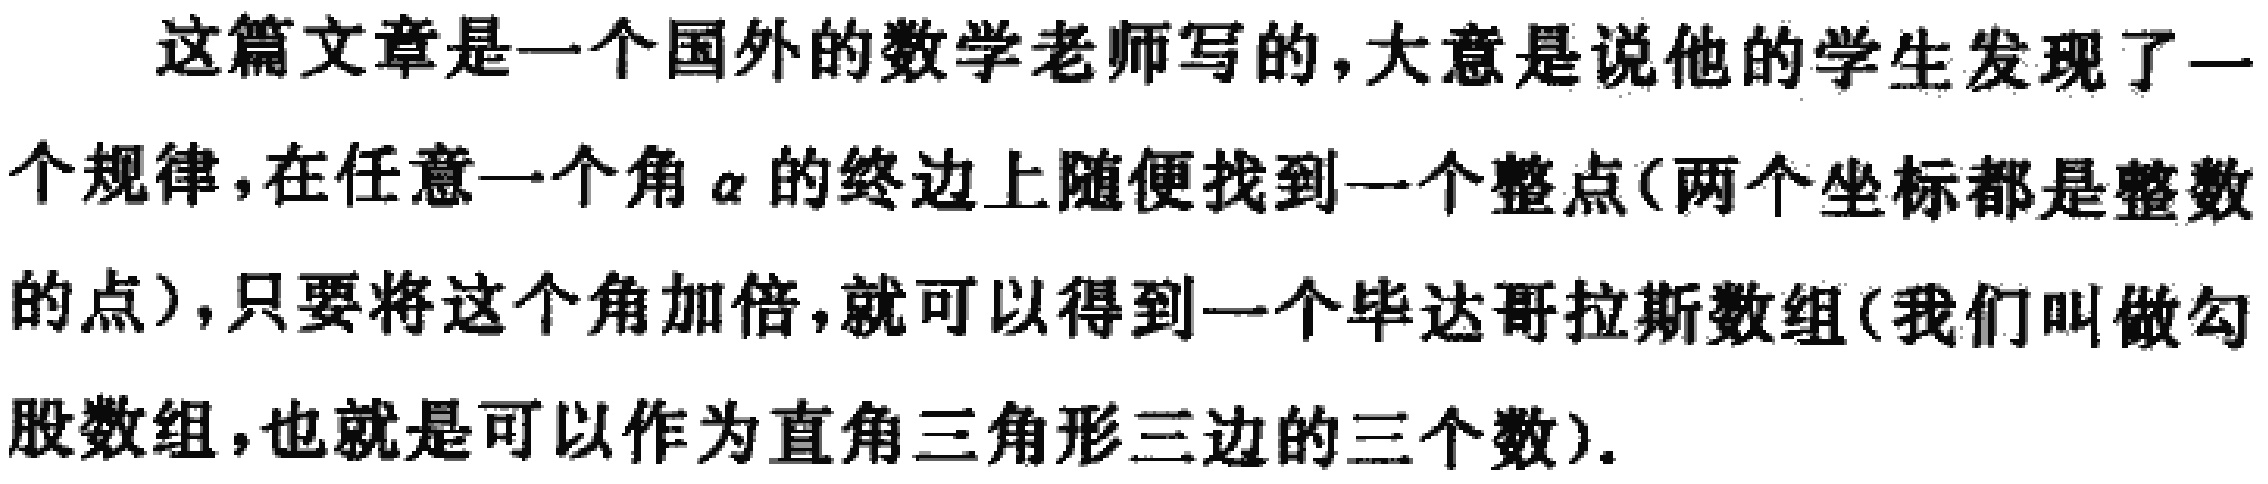
这篇文章是一个国外的数学老师写的,大意是说他的学生发现了一个规律,在任意一个角\(\alpha\)的终边上随便找到一个整点(两个坐标都是整数的点),只要将这个角加倍,就可以得到一个毕达哥拉斯数组(我们叫做勾股数组,也就是可以作为直角三角形三边的三个数).